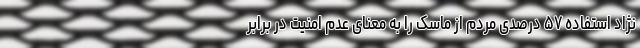
نژاد استفاده ۵۷ درصدی مردم از ماسک را به معنای عدم امنیت در برابر